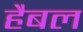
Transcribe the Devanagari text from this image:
हैबल